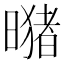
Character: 𪱂